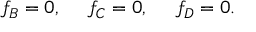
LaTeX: f _ { B } = 0 , ~ ~ ~ ~ f _ { C } = 0 , ~ ~ ~ ~ f _ { D } = 0 .